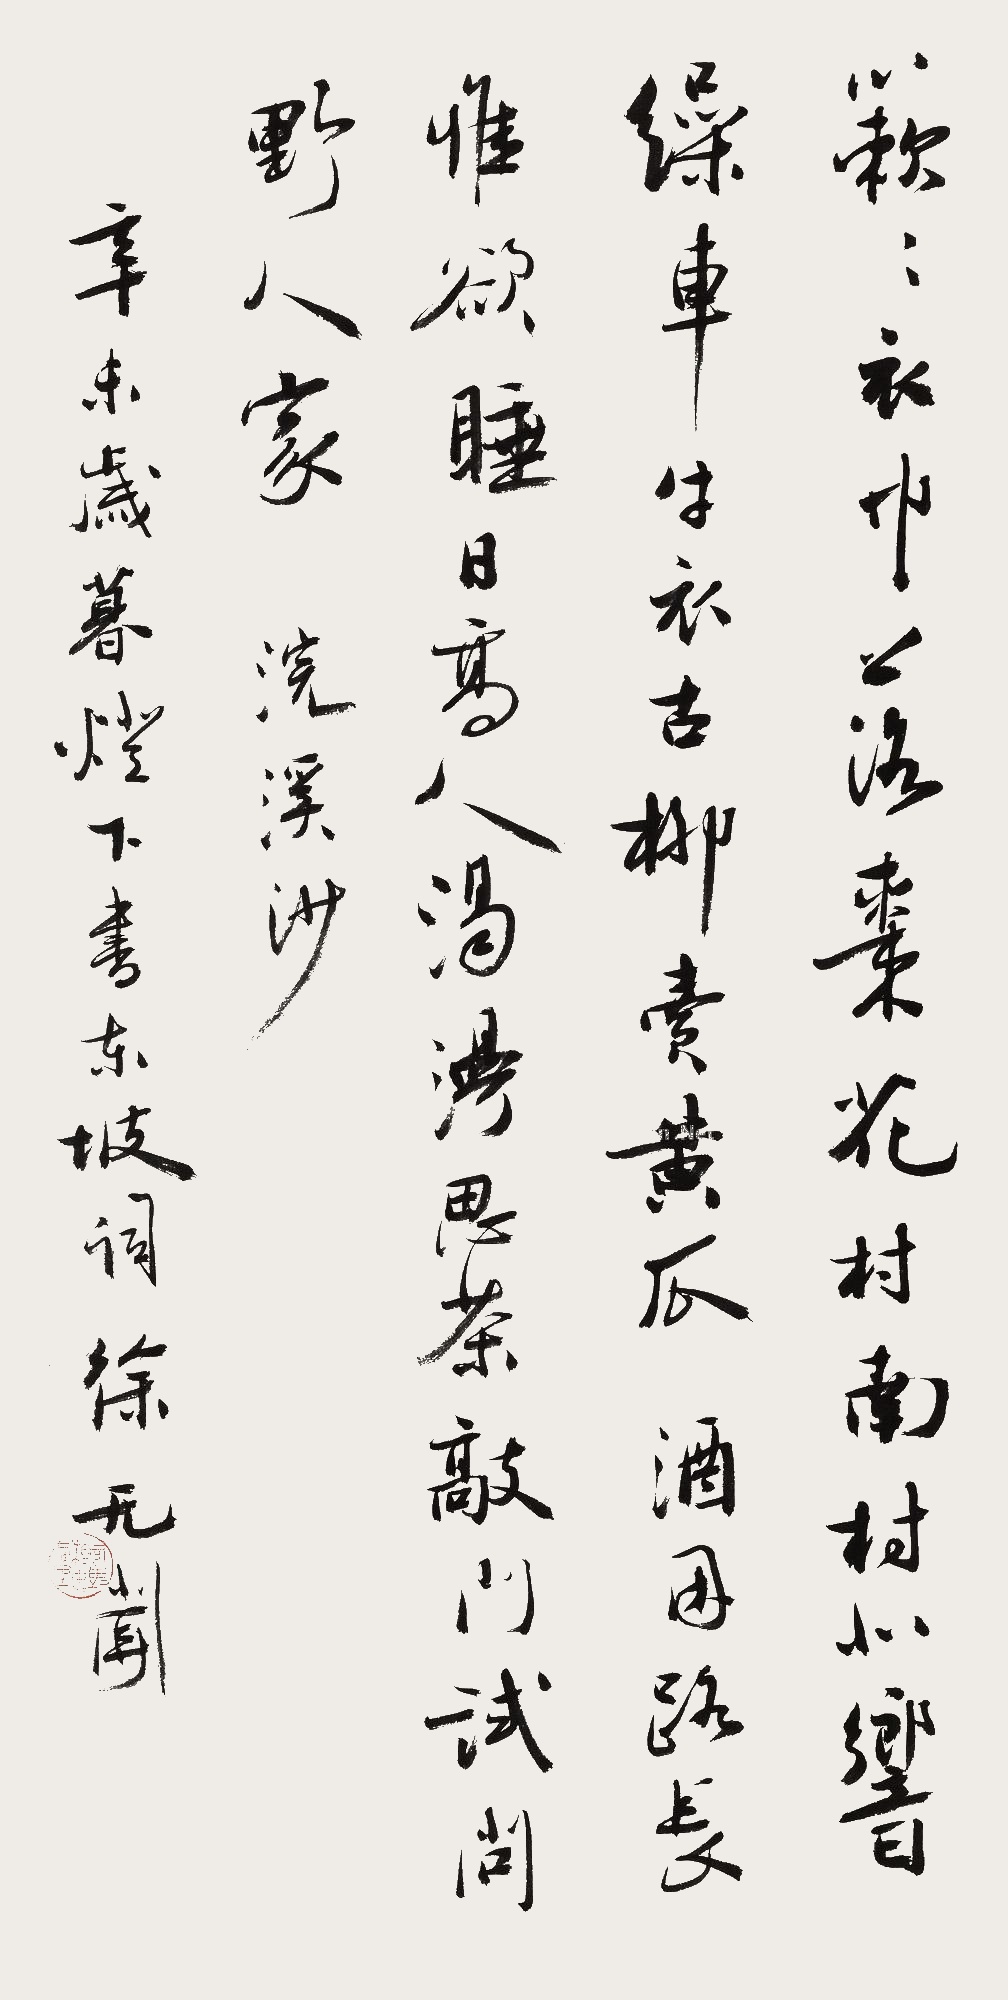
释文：簌簌衣巾落枣花，村南村北响缫车。牛衣古柳卖黄瓜。酒困路长惟欲睡，日高人渴漫思茶。敲门试问野人家。浣溪沙，辛未岁暮灯下书东坡词，徐无闻。